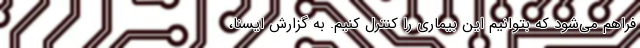
فراهم می‌شود که بتوانیم این بیماری را کنترل کنیم. به گزارش ایسنا،